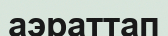
аэраттап